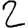
Digit: 2